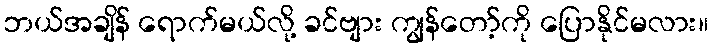
ဘယ်အချိန် ရောက်မယ်လို့ ခင်ဗျား ကျွန်တော့်ကို ပြောနိုင်မလား။